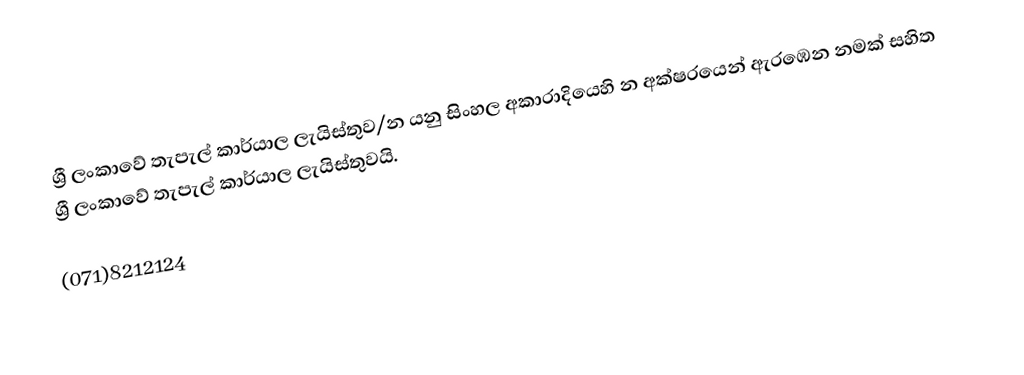
ශ්‍රී ලංකාවේ තැපැල් කාර්යාල ලැයිස්තුව/න යනු සිංහල අකාරාදියෙහි න අක්ෂරයෙන් ඇරඹෙන නමක් සහිත ශ්‍රී ලංකාවේ තැපැල් කාර්යාල ලැයිස්තුවයි.

(071)8212124